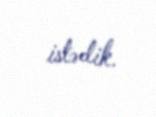
istədik.